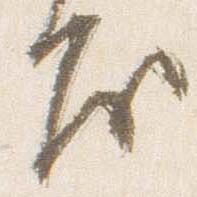
房